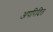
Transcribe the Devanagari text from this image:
अपरिदित